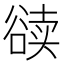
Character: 𰶔